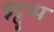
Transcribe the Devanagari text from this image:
इट्टूप्प